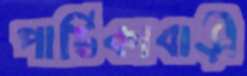
পাটিকাবাড়ী